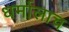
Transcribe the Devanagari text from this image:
धर्मालाच